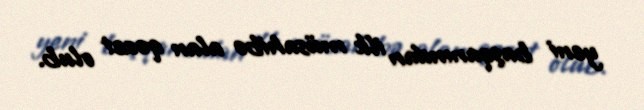
yeni başqanından ilk müsahibə alan qəzet olub.